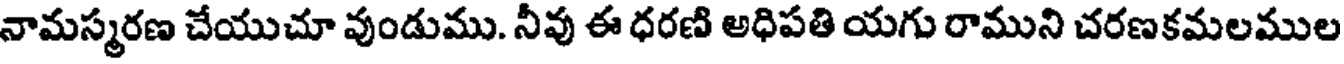
నామస్మరణ చేయుచూ వుండుము. నీవు ఈ ధరణి అధిపతి యగు రాముని చరణకమలముల